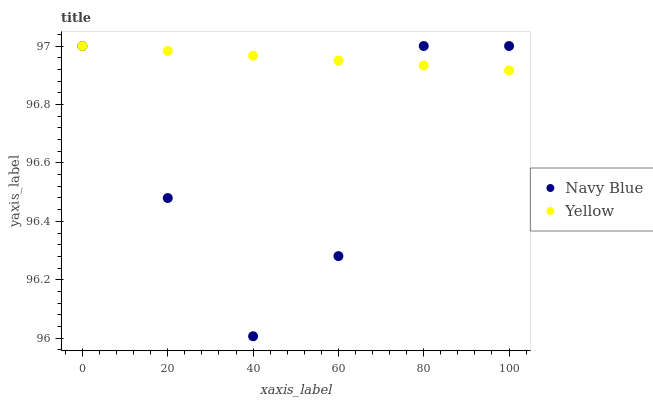
| xaxis_label | Navy Blue | Yellow |
 | --- | --- | --- |
 | 0 | 97 | 97 |
 | 20 | 96.5 | 97 |
 | 40 | 96 | 97 |
 | 60 | 96.3 | 96.9 |
 | 80 | 97 | 96.9 |
 | 100 | 97 | 96.9 |